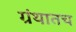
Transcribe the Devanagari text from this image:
ग्रंथातच